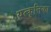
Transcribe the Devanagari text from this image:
यत्कृत्तिका